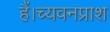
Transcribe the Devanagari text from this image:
हैं।च्यवनप्राश